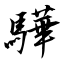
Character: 驊